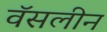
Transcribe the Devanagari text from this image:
वॅसलीन